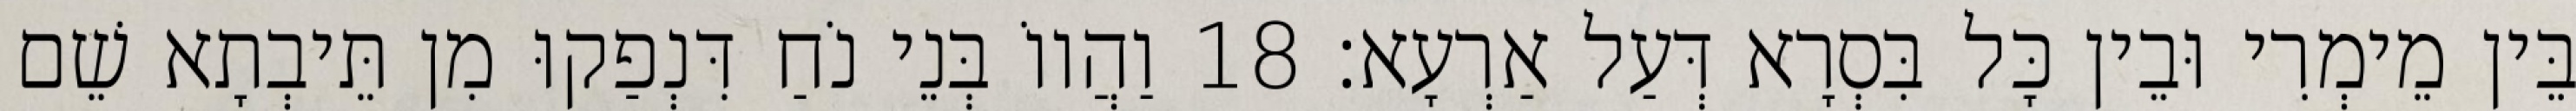
בֵּין מֵימְרִי וּבֵין כָּל בִּסְרָא דְּעַל אַרְעָא׃ 18 וַהֲווֹ בְּנֵי נֹחַ דִּנְפַקוּ מִן תֵּיבְתָא שֵׁם